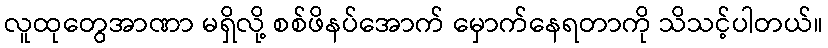
လူထုတွေအာဏာ မရှိလို့ စစ်ဖိနပ်အောက် မှောက်နေရတာကို သိသင့်ပါတယ်။